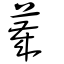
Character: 薉